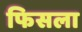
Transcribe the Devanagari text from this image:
फिसला